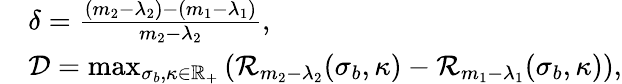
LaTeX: \begin{array}{rl}&{\delta=\frac{(m_{2}-\lambda_{2})-(m_{1}-\lambda_{1})}{m_{2}-\lambda_{2}},}\\ &{\mathcal{D}=\operatorname*{max}_{\sigma_{b},\kappa\in\mathbb{R}_{+}}\left(\mathcal{R}_{m_{2}-\lambda_{2}}(\sigma_{b},\kappa)-\mathcal{R}_{m_{1}-\lambda_{1}}(\sigma_{b},\kappa)\right),}\end{array}